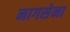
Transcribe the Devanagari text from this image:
नागसेना